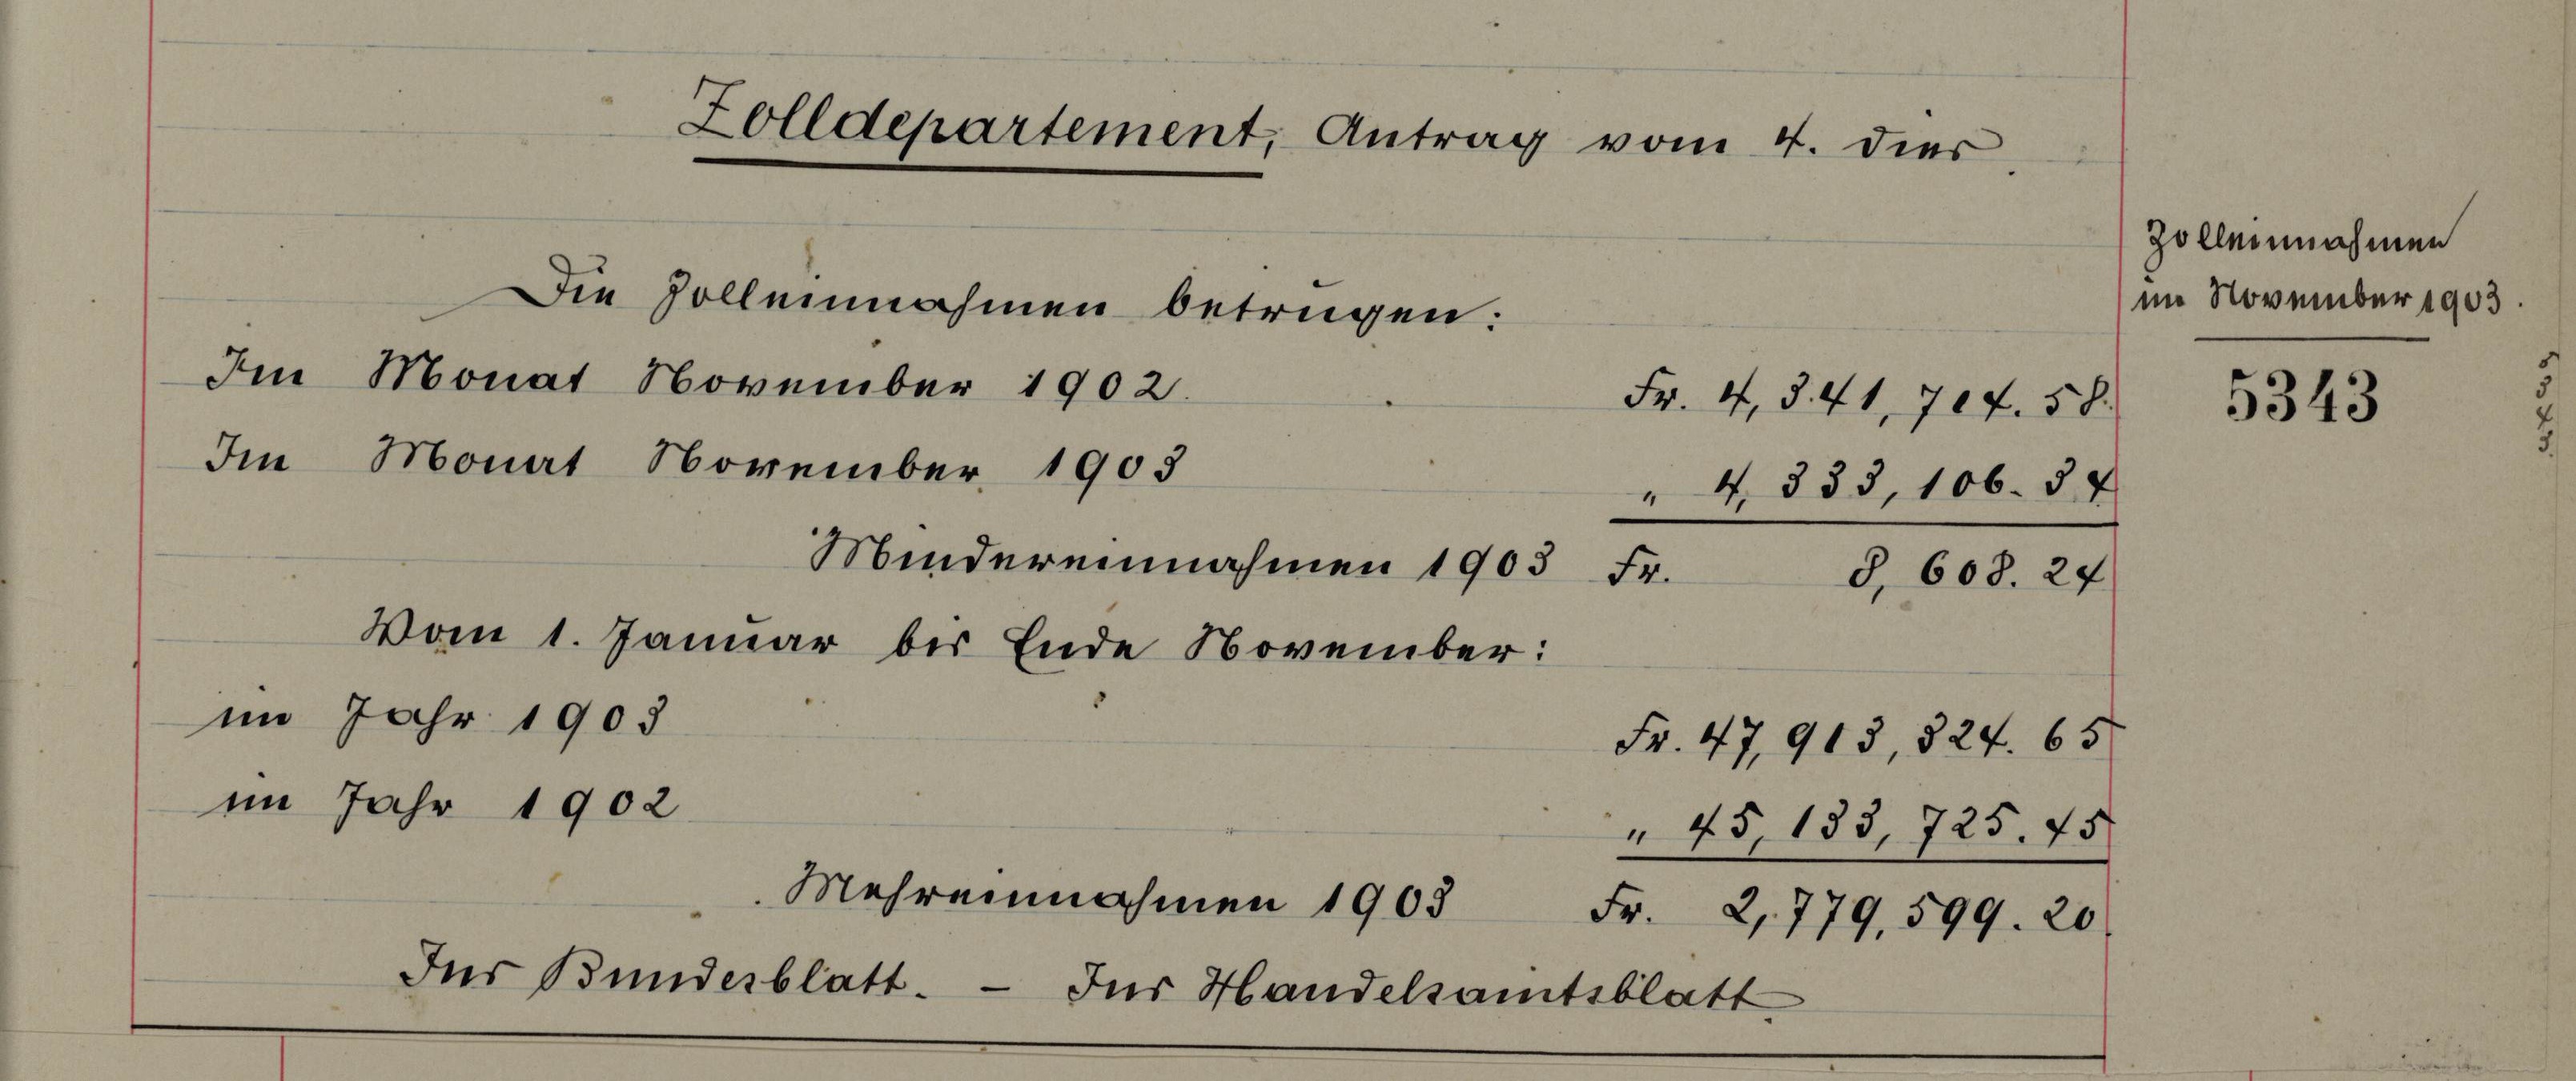
Zolldepartement, Antrag vom 4. die
Die Zolleinnahmen betrügen:
Im Monat November 1902.
Fr. 4. §. 41, 704. 58.
Im Monat November 1903
" 4. 533, 106. 57
Mindereinnahmen 1905 Fr.
§, 608. 24
Vom 1. Januar bis Ende November:
im Jahr 1903
Fr. 47, 913, 824. 65
im Jahr 1902.

Der Bunderblätt

Mehreinnahmen 1903

Jur Handelsamtsblatt

Fr.
2,779, 599. 20

45, 183, 725. 75

Zolleinnahmen
m November 1903.

5343